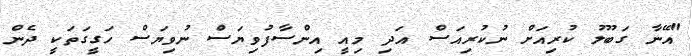
"އޭނާ ގަބޫލު ކުރިއަށް ނުކުރިއަސް އަދި މިއީ އިންސާފުވިޔަސް ނުވިޔަސް ހަގީގަތަކީ ދެން